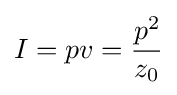
I=pv={\frac {p^{2}}{z_{0}}}